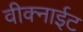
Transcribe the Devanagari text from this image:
वीक्नाईट